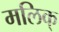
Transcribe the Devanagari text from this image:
मलिक्